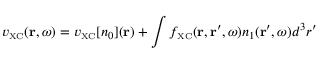
v _ { \scriptscriptstyle \mathrm { X C } } ( { \bf r } , \omega ) = v _ { \scriptscriptstyle \mathrm { X C } } [ n _ { 0 } ] ( { \bf r } ) + \int f _ { \scriptscriptstyle \mathrm { X C } } ( { \bf r } , { \bf r } ^ { \prime } , \omega ) n _ { 1 } ( { \bf r } ^ { \prime } , \omega ) d ^ { 3 } r ^ { \prime }